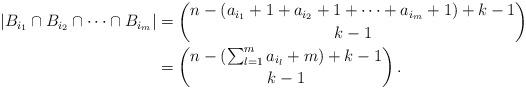
LaTeX: \begin{align*}\arrowvert B_{i_1} \cap B_{i_2} \cap \dots \cap B_{i_m}\arrowvert &= \binom{ n- (a_{i_{1}} + 1 + a_{i_{2}} + 1 +\dots + a_{i_{m}}+1) + k - 1 }{ k-1 } \\&= \binom{ n- (\sum_{l=1}^{m}a_{i_{l}} +m) + k - 1 }{ k-1 } \,.\end{align*}